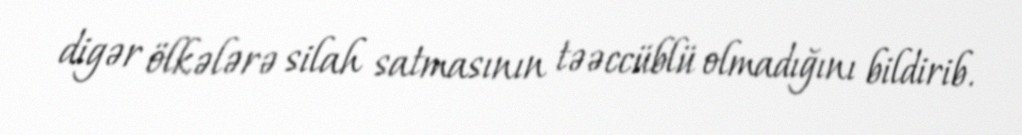
digər ölkələrə silah satmasının təəccüblü olmadığını bildirib.